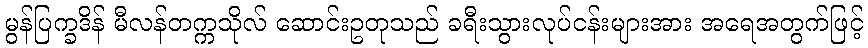
မွန်ပြက္ခဒိန် မီလန်တက္ကသိုလ် ဆောင်းဥတုသည် ခရီးသွားလုပ်ငန်းများအား အရေအတွက်ဖြင့်